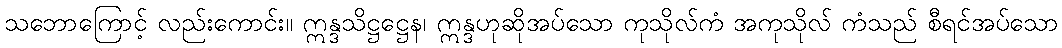
သဘောကြောင့် လည်းကောင်း။ ဣန္ဒသိဋ္ဌဋ္ဌေန၊ ဣန္ဒဟုဆိုအပ်သော ကုသိုလ်ကံ အကုသိုလ် ကံသည် စီရင်အပ်သော